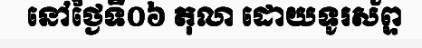
នៅថ្ងៃទី០៦ តុលា ដោយទូរស័ព្ទ